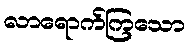
လာရောက်ကြသော